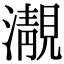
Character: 㵾